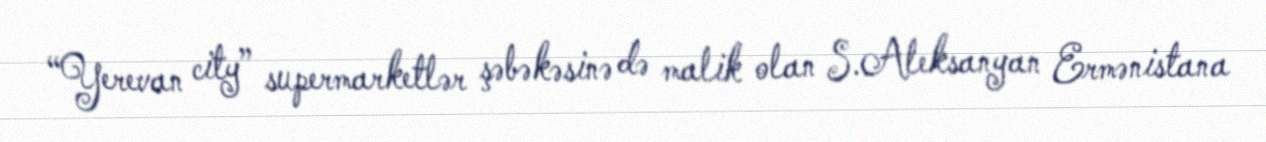
“Yerevan city” supermarketlər şəbəkəsinə də malik olan S.Aleksanyan Ermənistana